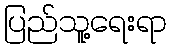
ပြည်သူ့ရေးရာ